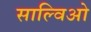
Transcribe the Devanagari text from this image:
साल्विओ